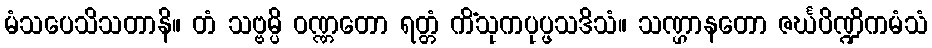
မံသပေသိသတာနိ။ တံ သဗ္ဗမ္ပိ ဝဏ္ဏတော ရတ္တံ ကိံသုကပုပ္ဖသဒိသံ။ သဏ္ဌာနတော ဇင်္ဃပိဏ္ဍိကမံသံ